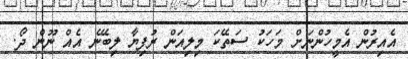
އެއިރުން އެމީހުންނަށް މަހަކު ސަތޭކަ މިލިއަން ރުފިޔާ ލިބޭނެ އެއް ނޫން ދޯ.